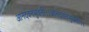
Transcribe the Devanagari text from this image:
आनंदवनभुवनी।।आनंदवनभुवनी।।